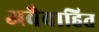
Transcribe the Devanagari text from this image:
अवैवाहित